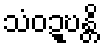
သံဝဍ္ဎန္တိ